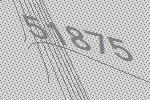
51875